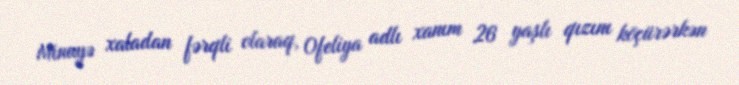
Minayə xaladan fərqli olaraq, Ofeliya adlı xanım 26 yaşlı qızını köçürərkən